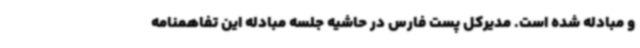
و مبادله شده است. مدیرکل پست فارس در حاشیه جلسه مبادله این تفاهمنامه